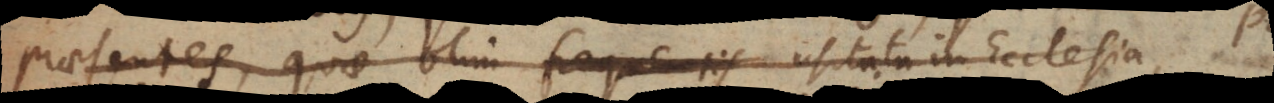
praesentes, quae olim frequentis usitata in Ecclesia,